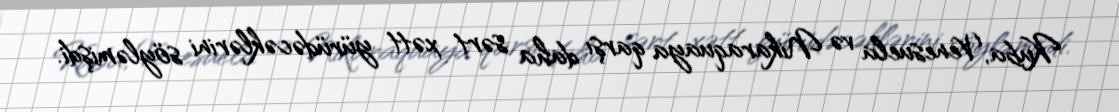
Kuba, Venesuela və Nikaraquaya qarşı daha sərt xətt yürüdəcəklərini söyləmişdi.